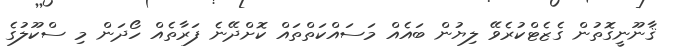
ޤާނޫނީގޮތުން ގެޒެޓްކުރެވޭ ލިޔުން ބައެއް މަސައްކަތްތައް ކޮށްދޭނެ ފަރާތެއް ހޯދަން މި ސްކޫލުގެ